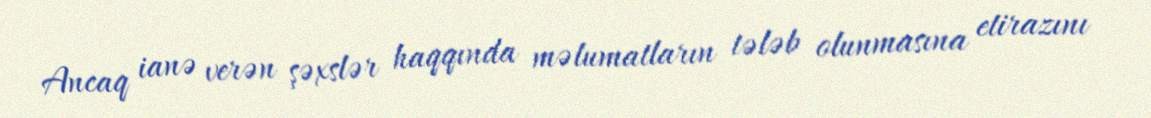
Ancaq ianə verən şəxslər haqqında məlumatların tələb olunmasına etirazını